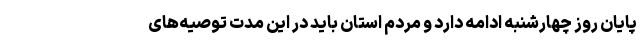
پایان روز چهارشنبه ادامه دارد و مردم استان باید در این مدت توصیه‌های